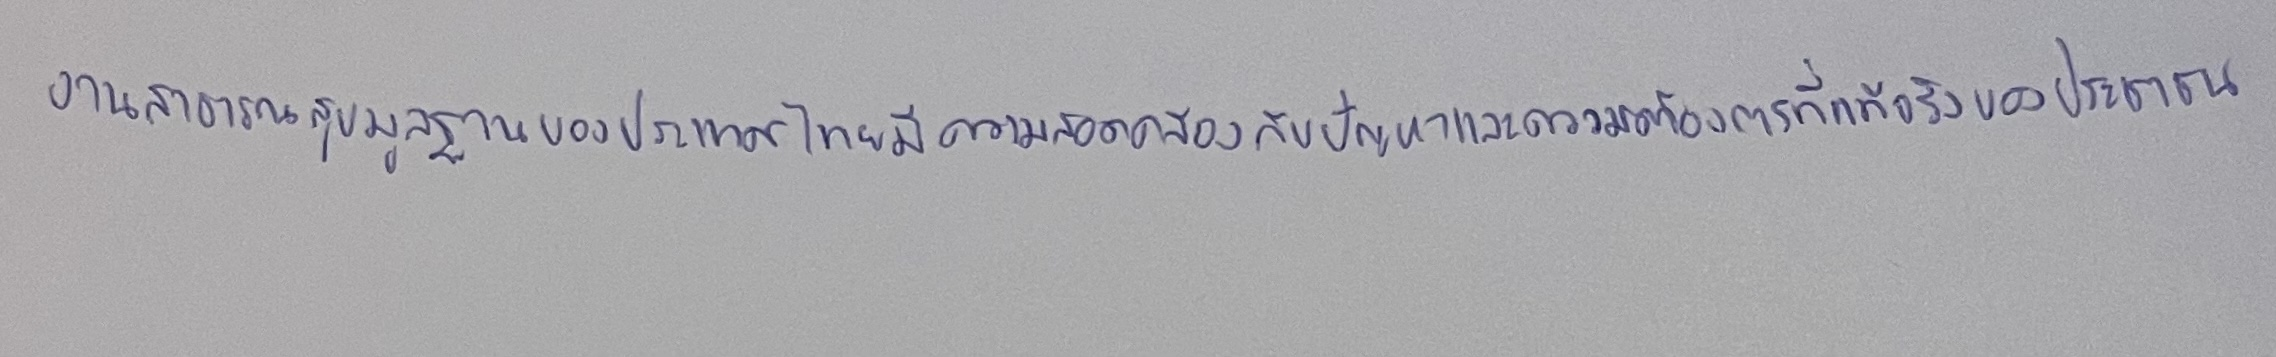
งานสาธารณสุขมูลฐานของประเทศไทยมีความสอดคล้องกับปัญหาและความต้องการที่แท้จริงของประชาชน